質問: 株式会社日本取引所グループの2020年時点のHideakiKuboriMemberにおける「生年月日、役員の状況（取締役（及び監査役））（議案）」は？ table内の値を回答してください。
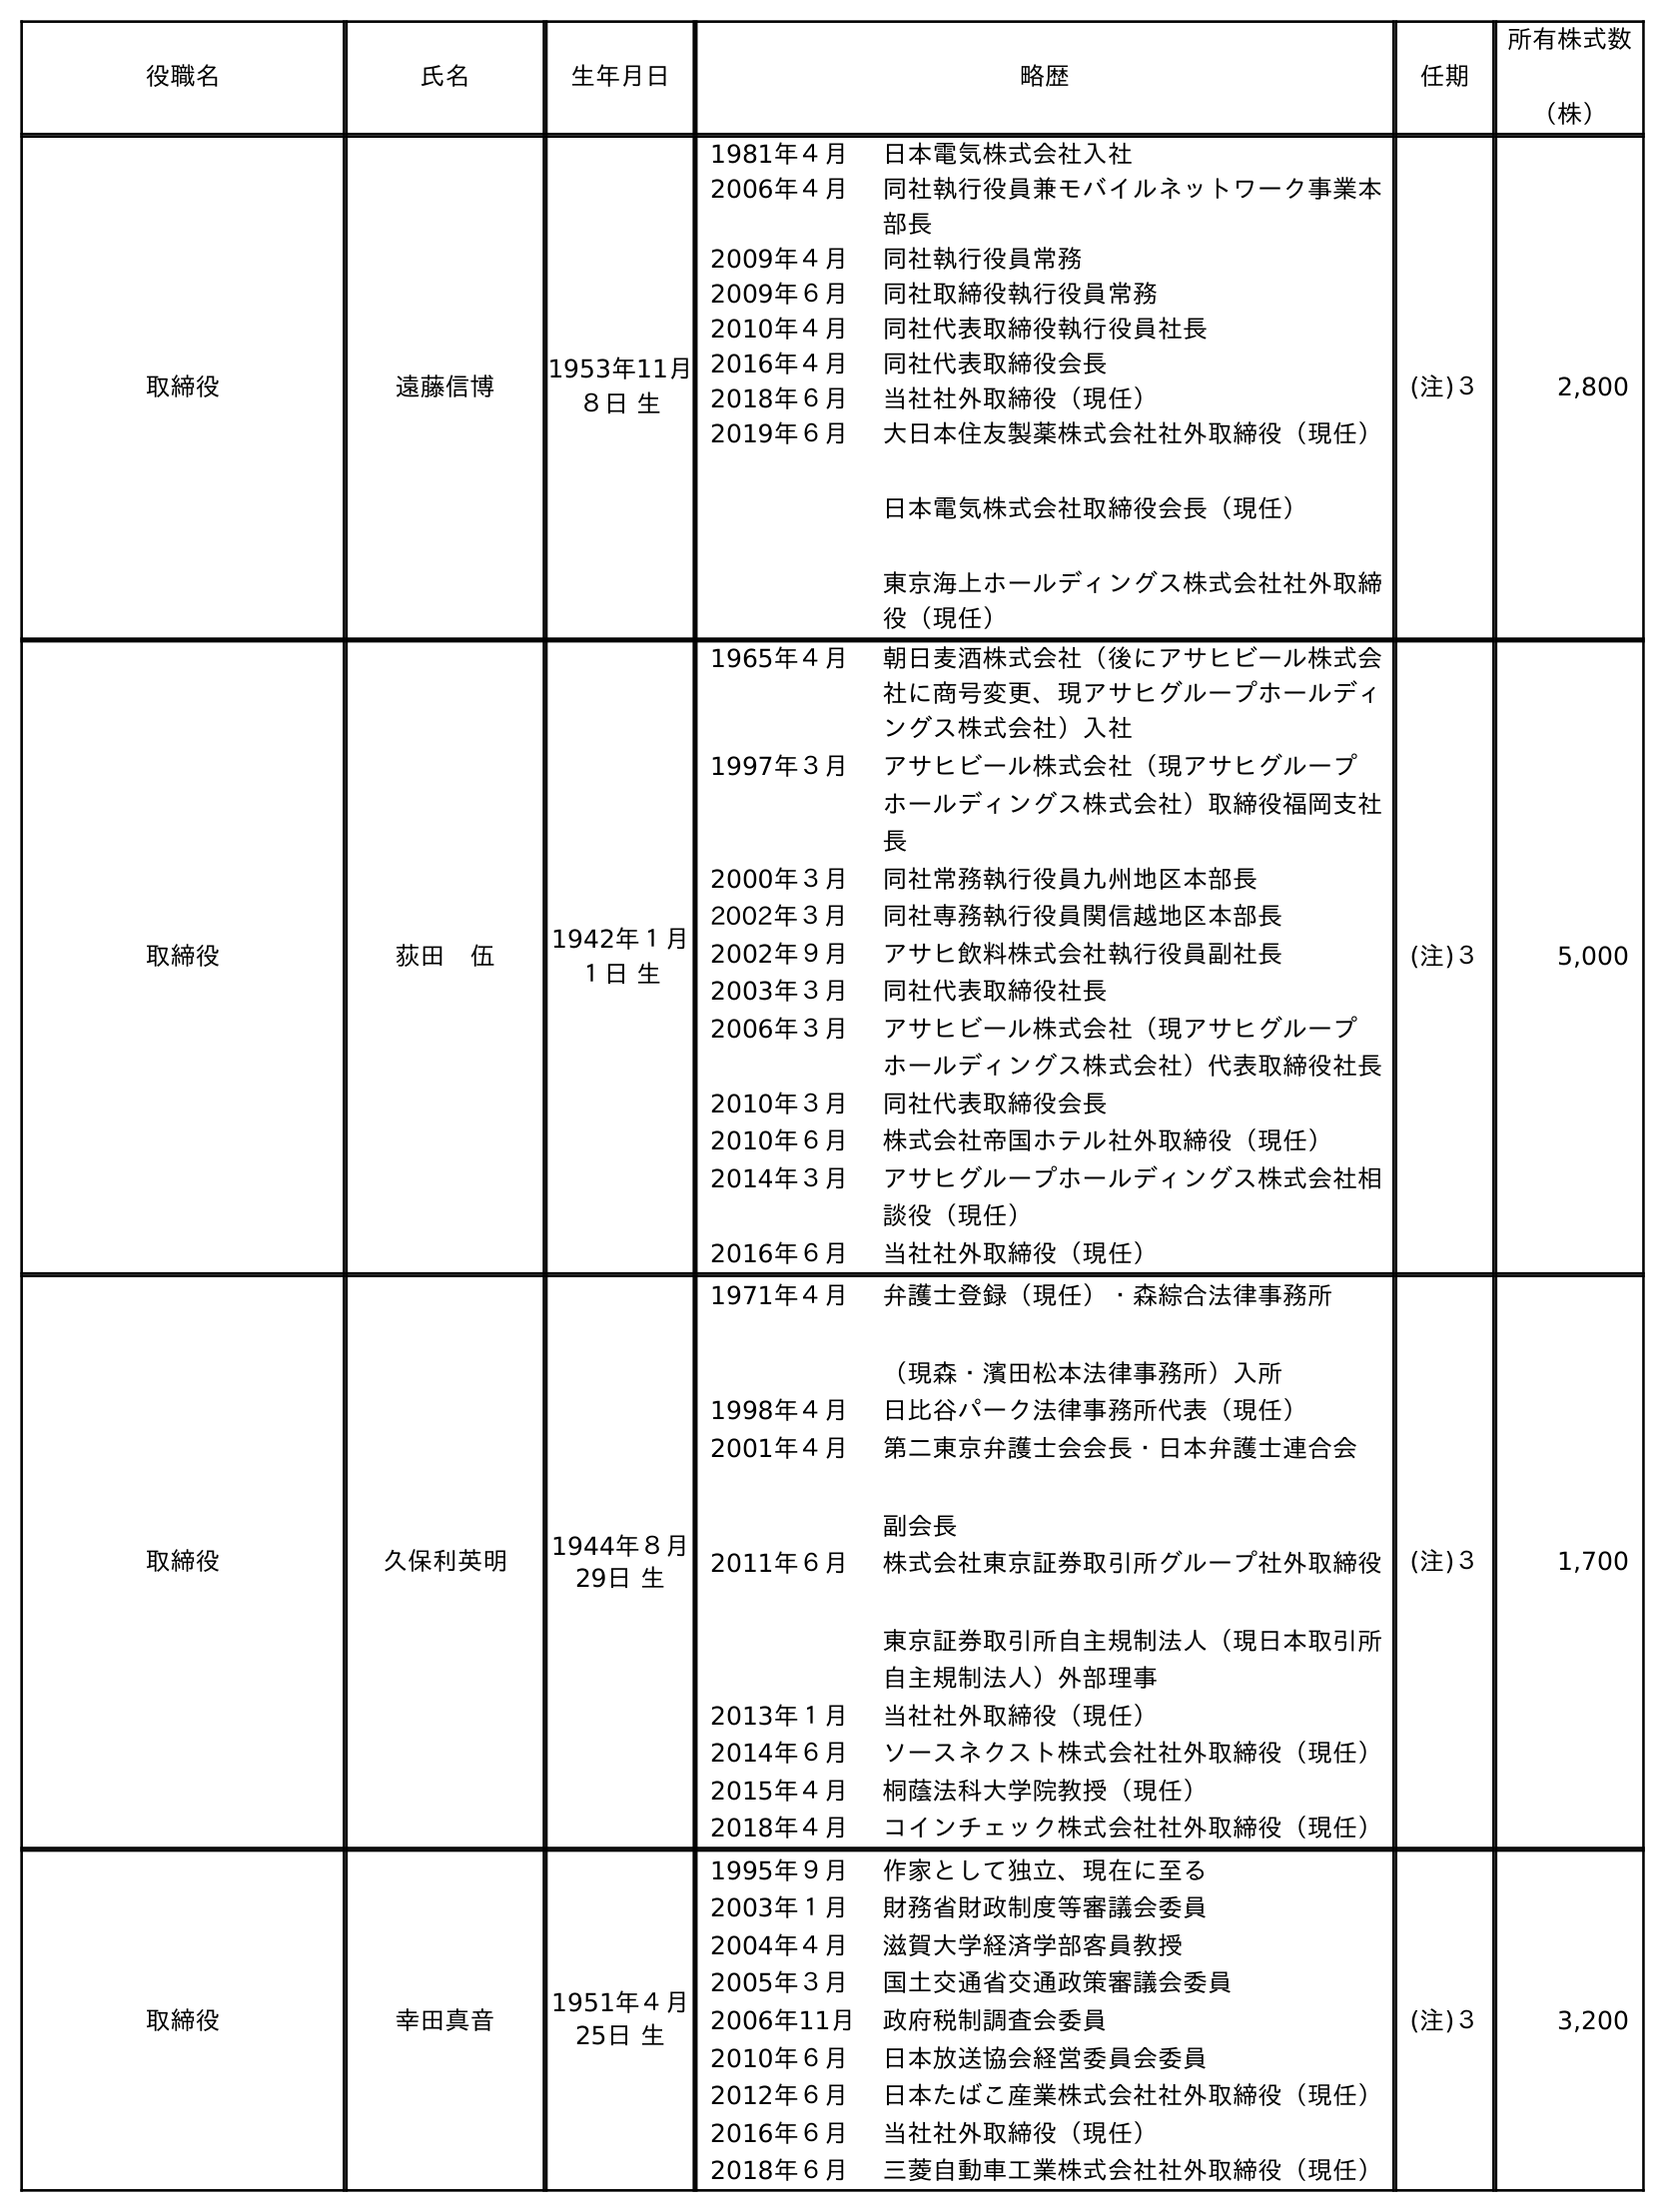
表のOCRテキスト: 役職名 氏名 生年月日 略歴 任期 所有株式数 （株） 取締役 遠藤信博 1953年11月 ８日 生 1981年４月 日本電気株式会社入社 2006年４月 同社執行役員兼モバイルネットワーク事業本 部長 2009年４月 同社執行役員常務 2009年６月 同社取締役執行役員常務 2010年４月 同社代表取締役執行役員社長 2016年４月 同社代表取締役会長 2018年６月 当社社外取締役（現任） 2019年６月 大日本住友製薬株式会社社外取締役（現任） 日本電気株式会社取締役会長（現任） 東京海上ホールディングス株式会社社外取締 役（現任） (注)３ 2,800 取締役 荻田 伍 1942年１月 １日 生 1965年４月 朝日麦酒株式会社（後にアサヒビール株式会 社に商号変更、現アサヒグループホールディ ングス株式会社）入社 1997年３月 アサヒビール株式会社（現アサヒグループ ホールディングス株式会社）取締役福岡支社 長 2000年３月 同社常務執行役員九州地区本部長 2002年３月 同社専務執行役員関信越地区本部長 2002年９月 アサヒ飲料株式会社執行役員副社長 2003年３月 同社代表取締役社長 2006年３月 アサヒビール株式会社（現アサヒグループ ホールディングス株式会社）代表取締役社長 2010年３月 同社代表取締役会長 2010年６月 株式会社帝国ホテル社外取締役（現任） 2014年３月 アサヒグループホールディングス株式会社相 談役（現任） 2016年６月 当社社外取締役（現任） (注)３ 5,000 取締役 久保利英明 1944年８月 29日 生 1971年４月 弁護士登録（現任）・森綜合法律事務所 （現森・濱田松本法律事務所）入所 1998年４月 日比谷パーク法律事務所代表（現任） 2001年４月 第二東京弁護士会会長・日本弁護士連合会 副会長 2011年６月 株式会社東京証券取引所グループ社外取締役 東京証券取引所自主規制法人（現日本取引所 自主規制法人）外部理事 2013年１月 当社社外取締役（現任） 2014年６月 ソースネクスト株式会社社外取締役（現任） 2015年４月 桐蔭法科大学院教授（現任） 2018年４月 コインチェック株式会社社外取締役（現任） (注)３ 1,700 取締役 幸田真音 1951年４月 25日 生 1995年９月 作家として独立、現在に至る 2003年１月 財務省財政制度等審議会委員 2004年４月 滋賀大学経済学部客員教授 2005年３月 国土交通省交通政策審議会委員 2006年11月 政府税制調査会委員 2010年６月 日本放送協会経営委員会委員 2012年６月 日本たばこ産業株式会社社外取締役（現任） 2016年６月 当社社外取締役（現任） 2018年６月 三菱自動車工業株式会社社外取締役（現任） (注)３ 3,200
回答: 1944年８月29日生